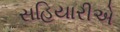
સહિયારીએ